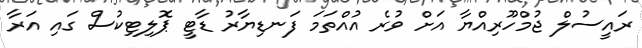
ރައީސުލް ޖުމްހޫރިއްޔާ އަށް ވުރެ އުއްތަމަ ފަނޑިޔާރު ޑާޓީ ޕޮލިޓިކުސް ގައި އަރާ